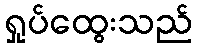
ရှုပ်ထွေးသည်